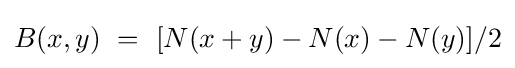
B(x,y)\ =\ [N(x+y)-N(x)-N(y)]/2